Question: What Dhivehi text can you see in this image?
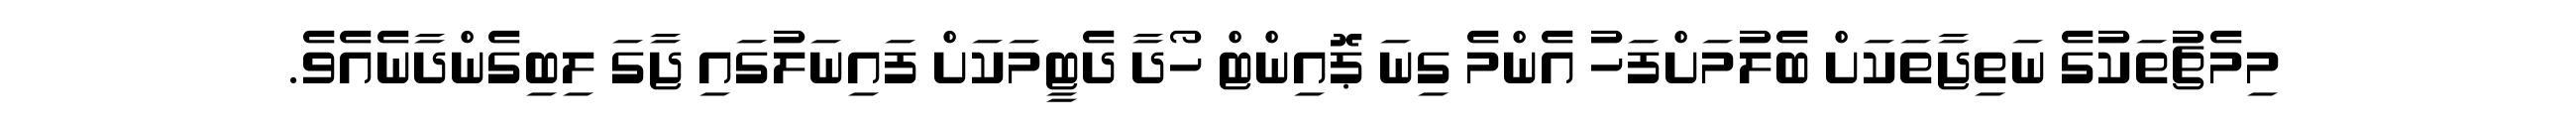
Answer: މިމެޗުތަކުގެ ނަތިޖާތަކަށް ބެލުމަށްފަހު އެންމެ ގިނަ ޕޮއިންޓް ހޯދާ ދެޓީމަކަށް ފައިނަލުގައި ޖާގަ ލިބިގެންދާނެއެވެ.